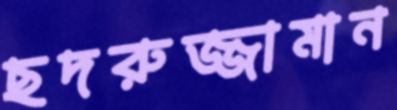
ছদরুজ্জামান